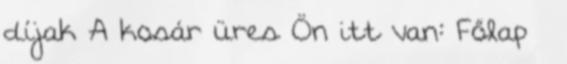
díjak A kosár üres Ön itt van: Főlap »